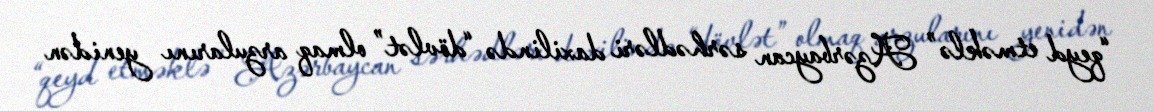
“qeyd etməklə” Azərbaycan sərhədləri daxilində “dövlət” olmaq arzularını yenidən